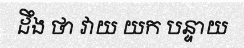
ដឹង ថា វាយ យក បន្ទាយ